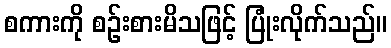
စကားကို စဉ်းစားမိသဖြင့် ပြုံးလိုက်သည်။